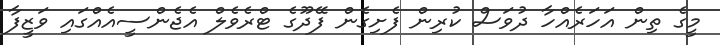
މީގެ ތިން އަހަރެއްހާ ދުވަސް ކުރިން ފެށިގެން ފޭދޫގެ ޓްރެވެލް އެޖެންސީއެއްގައި ވަޒީފާ